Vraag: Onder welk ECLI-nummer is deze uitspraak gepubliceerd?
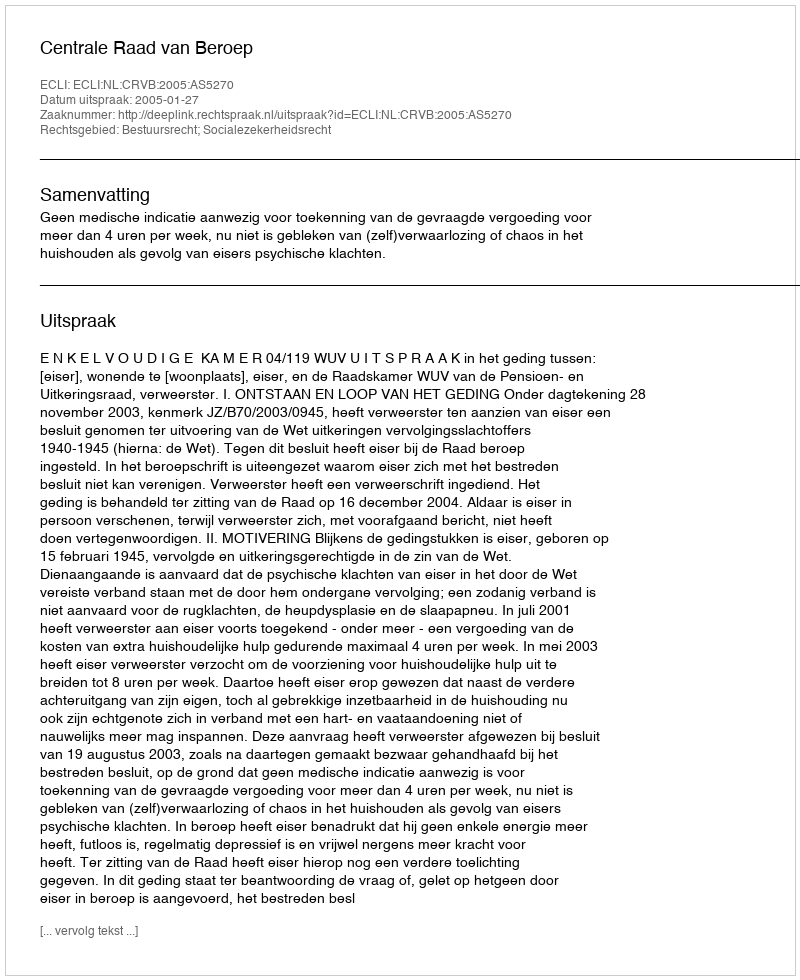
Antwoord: ECLI:NL:CRVB:2005:AS5270